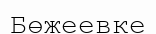
Бөжеевке